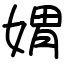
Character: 媦